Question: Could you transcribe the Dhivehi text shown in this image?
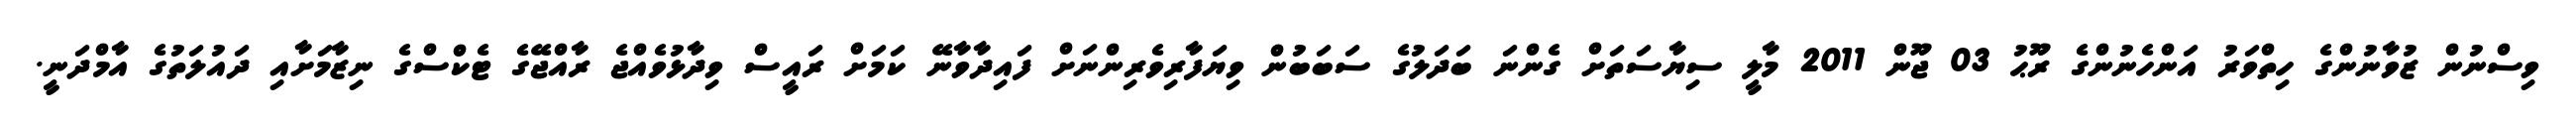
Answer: ވިސްނުން ޒުވާނުންގެ ހިތްވަރު އަންހެނުންގެ ރޫޙު 03 ޖޫން 2011 މާލީ ސިޔާސަތަށް ގެންނަ ބަދަލުގެ ސަބަބުން ވިޔަފާރިވެރިންނަށް ފައިދާވާނޭ ކަމަށް ރައީސް ވިދާޅުވެއްޖެ ރާއްޖޭގެ ޓެކްސްގެ ނިޒާމަށާއި ދައުލަތުގެ އާމްދަނީ.